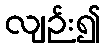
လျဉ်း၍